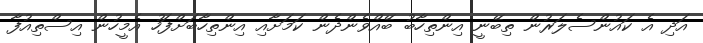
އަދި އެ ކައުންސެލަރުން ތިބޭނީ އިންތިހާބު ބޭއްވެންދެން ކަމަށާއި އިންތިހާބަށްފަހު އެމީހުން އިސްތިއުފާ